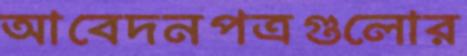
আবেদনপত্রগুলোর